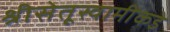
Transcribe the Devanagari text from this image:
श्रीसेतूस्वामींकडे